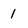
Character: 1